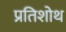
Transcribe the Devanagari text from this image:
प्रतिशोथ